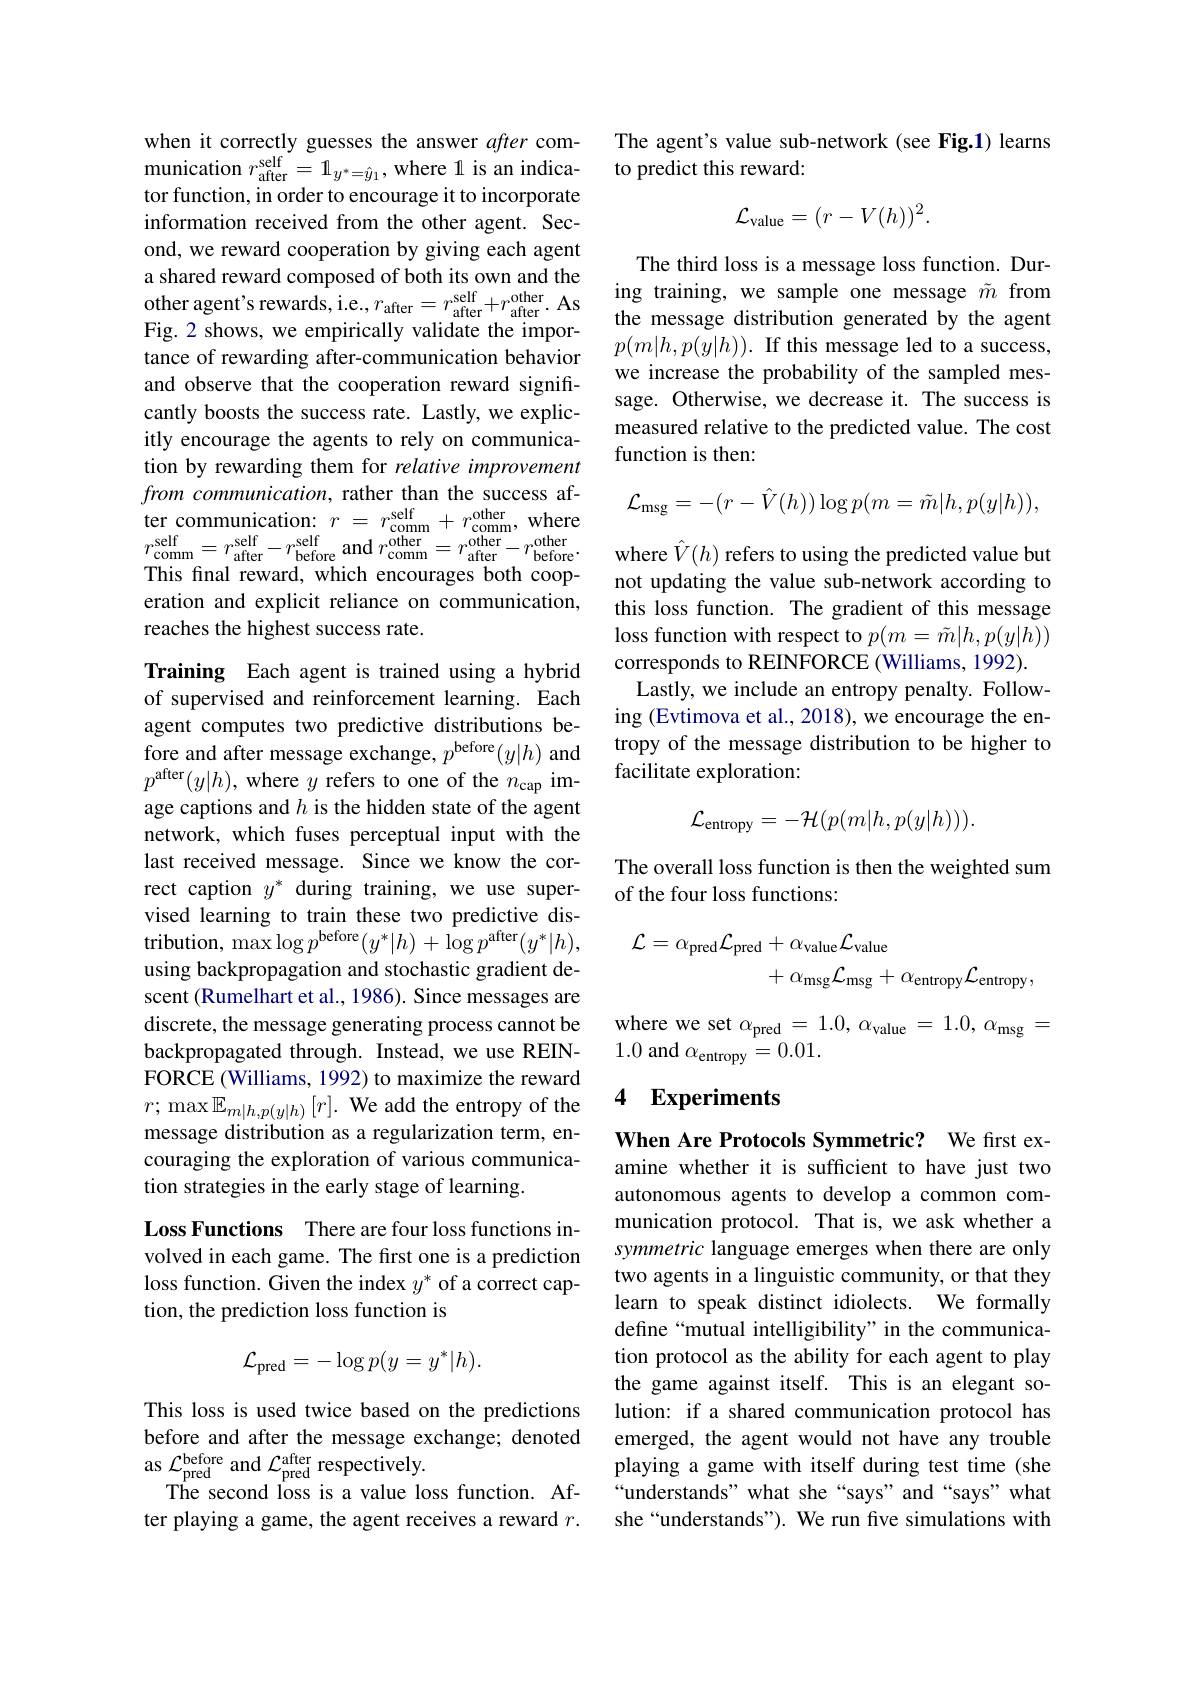
when it correctly guesses the answer after comtor function, in order to encourage it to incorporate information received from the other agent. Second, we reward cooperation by giving each agent a shared reward composed of both its own and the Fig.2 shows, we empirically validate the importance of rewarding after-communication behavior and observe that the cooperation reward significantly boosts the success rate. Lastly, we explicitly encourage the agents to rely on communication by rewarding them for relative improvement from communication, rather than the success after communication: $r$ = $r_{\mathrm{comm}}^{\mathrm{self}}$ + $r_{\mathrm{comm}}^{\mathrm{other}}$, where $r_{\mathrm{comm}}^{\mathrm{self}}=r_{\mathrm{after}}^{\mathrm{self}}-r_{\mathrm{before}}^{\mathrm{self}}$and$r_\mathrm{comm}^\mathrm{other}=r_{\mathrm{after}}^{\mathrm{other}}-r_{\mathrm{before}}^{\mathrm{other}}.$ This final reward, which encourages both cooperation and explicit reliance on communication, reaches the highest success rate.

Training Each agent is trained using a hybrid of supervised and reinforcement learning. Each agent computes two predictive distributions before and after message exchange, $p^\mathrm{before}(y|h)$ and $p^{\mathrm{after}}(y|h)$, where $y$ refers to one of the $n_\mathrm{cap}$ image captions and $h$ is the hidden state of the agent network, which fuses perceptual input with the last received message. Since we know the correct caption $y^*$ during training, we use supervised learning to train these two predictive distribution, max$\log p^\mathrm{before}(y^{*}|h)+\log p^\mathrm{after}(y^{*}|h)$, using backpropagation and stochastic gradient descent (Rumelhart et al., 1986). Since messages are discrete, the message generating process cannot be backpropagated through. Instead, we use REINFORCE (Williams, 1992) to maximize the reward $r;\max\mathbb{E}_{m|h,p(y|h)}[r].$ We add the entropy of the message distribution as a regularization term, encouraging the exploration of various communication strategies in the early stage of learning.
Loss Functions There are four loss functions in-

volved in each game. The first one is a prediction loss function. Given the index $y^*$ of a correct caption, the prediction loss function is
$$\mathcal{L}_{\mathrm{pred}}=-\log p(y=y^{*}|h).$$
This loss is used twice based on the predictions before and after the message exchange; denoted as $\mathcal{L}_\mathrm{pred}^\mathrm{before}$ and $\mathcal{L}_\mathrm{pred}^\mathrm{after}$ respectively.
The second loss is a value loss function. After playing a game, the agent receives a reward $r.$

The agent's value sub-network (see Fig.1) learns
munication $r_\mathrm{after}^\mathrm{self}=1_{y^*=\hat{y}_1}$, where 1 is an indica- to predict this reward:
$$\mathcal{L}_{\mathrm{value}}=(r-V(h))^{2}.$$
The third loss is a message loss function. Dur-
ashared feward composed or both ts owh and the ing training, we sample one message $\tilde{m}$ from other agent's rewards, i.e., $r_\mathrm{after}= r_\mathrm{after}^\mathrm{self}+ r_\mathrm{after}^\mathrm{other. ~As}$ the message distribution generated by the agent
$p(m|h,p(y|h)).$ If this message led to a success, we increase the probability of the sampled message. Otherwise, we decrease it. The success is measured relative to the predicted value. The cost function is then:
$$\mathcal{L}_{\mathrm{msg}}=-(r-\hat{V}(h))\log p(m=\tilde{m}|h,p(y|h)),$$
where $\hat{V}(h)$ refers to using the predicted value but not updating the value sub-network according to this loss function. The gradient of this message loss function with respect to $p(m=\tilde{m}|h,p(y|h))$ corresponds to REINFORCE (Williams, 1992).
Lastly, we include an entropy penalty. Following (Evtimova et al., 2018), we encourage the entropy of the message distribution to be higher to facilitate exploration:
$$\mathcal{L}_{\mathrm{entropy}}=-\mathcal{H}(p(m|h,p(y|h))).$$
The overall loss function is then the weighted sum
of the four loss functions:
$$\begin{aligned}\mathcal{L}=\alpha_{\mathrm{pred}}\mathcal{L}_{\mathrm{pred}}&+\alpha_{\mathrm{value}}\mathcal{L}_{\mathrm{value}}\\&+\alpha_{\mathrm{msg}}\mathcal{L}_{\mathrm{msg}}+\alpha_{\mathrm{entropy}}\mathcal{L}_{\mathrm{entropy}},\end{aligned}$$
where we set $\alpha_\mathrm{pred}=1.0,\alpha_\mathrm{value}=1.0,\alpha_\mathrm{msg}=$
1.0 and $\alpha_\mathrm{entropy}=0.01.$

## 4 Experiments

When Are Protocols Symmetric? We first examine whether it is sufficient to have just two autonomous agents to develop a common communication protocol. That is, we ask whether a symmetric language emerges when there are only two agents in a linguistic community, or that they learn to speak distinct idiolects. We formally define“mutual intelligibility”in the communication protocol as the ability for each agent to play the game against itself. This is an elegant solution: if a shared communication protocol has emerged, the agent would not have any trouble playing a game with itself during test time (she “understands” what she“says” and“says” what she“understands”). We run five simulations with